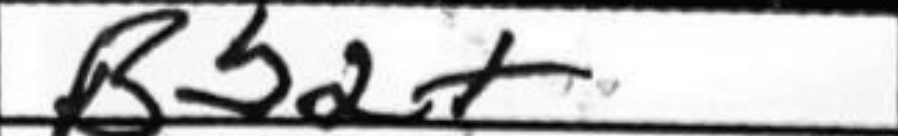
Transcription: Bb2+